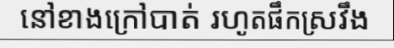
នៅខាងក្រៅបាត់ រហូតផឹកស្រវឹង